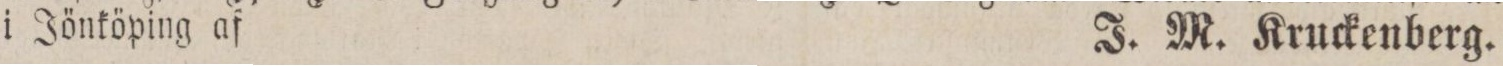
i Jönköping af    J. M. Kruckenberg.